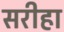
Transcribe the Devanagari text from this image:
सरीहा